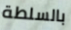
بالسلطة